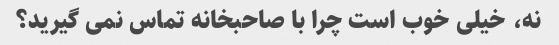
نه، خیلی خوب است چرا با صاحبخانه تماس نمی گیرید؟